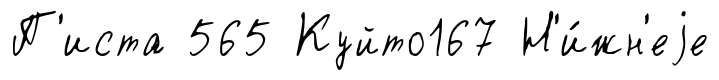
П'иста 565 Куйто167 Н'и́жн'еjе